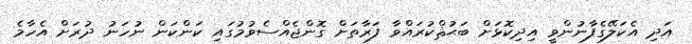
އަދި އެކަލޭގެފާނުންވީ އިދިކޮޅަށް ބަޙުޘްކުރައްވާ ފަރާތަށް ގޮންޖެއްސެވުމުގައި ކަންކަން ނުހަނު ދުރަށް އެހާމެ